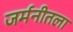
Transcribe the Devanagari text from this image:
जर्मनीतला